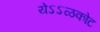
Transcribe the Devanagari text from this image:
येऽऽळकोट